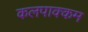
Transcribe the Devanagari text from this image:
कलपाक्कम